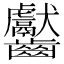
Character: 齾